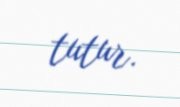
tutur.